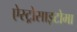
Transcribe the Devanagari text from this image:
ऐस्ट्रोसाइटोमा